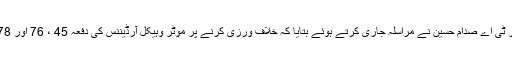
اس ضمن میں سیکرٹری ڈی آر ٹی اے صدام حسین نے مراسلہ جاری کرتے ہوئے بتایا کہ خلاف ورزی کرنے پر موٹر وہیکل آرڈیننس کی دفعہ 45 ، 76 اور 78 کے تحت سزا دی جائے گی۔